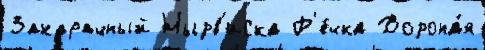
Закарачный Нырв'иска Р'е́чка Ворона́я